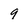
Character: 9